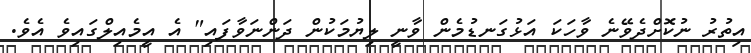
އިތުރު ނުކޮށްދެވޭނެ ވާހަކަ އަޅުގަނޑުމެން ވާނީ ލިޔުމަކުން ދަންނަވާފައި" އެ އީމެއިލްގައިވެ އެވެ.